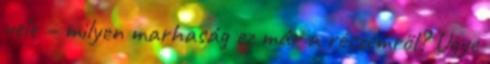
vele – milyen marhaság ez már a részemről? Ugye